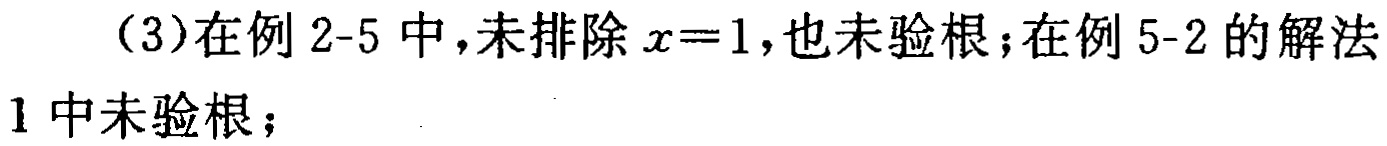
（3）在例 2-5 中，未排除 \(x = 1\)，也未验根；在例 5-2 的解法1中未验根；